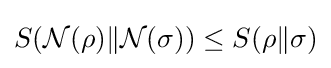
S({\mathcal {N}}(\rho )\|{\mathcal {N}}(\sigma ))\leq S(\rho \|\sigma )